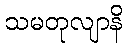
သမတုလျာနိ